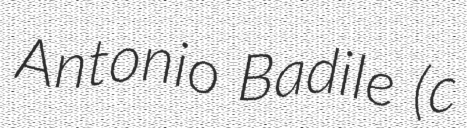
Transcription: Antonio Badile (c